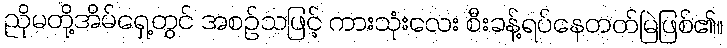
ညိုမတို့အိမ်ရှေ့တွင် အစဉ်သဖြင့် ကားသုံးလေး စီးခန့်ရပ်နေတတ်မြဲဖြစ်၏။